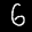
Label: 6